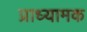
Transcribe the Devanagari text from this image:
प्राध्यामक